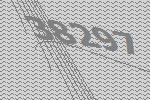
38297